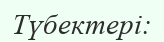
Түбектері: